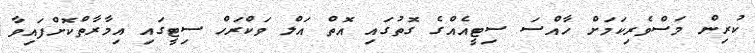
ކުރިން މަސްވެރިކަމަށް ހާއްސަ ސިޓީއެއްގެ ގޮތުގައި އޮތް އަލް ވަކްރަހް ސިޓީގައި އިމާރާތްކޮށްފައިވާ